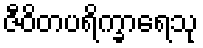
ဇီဝိတပရိက္ခာရေသု